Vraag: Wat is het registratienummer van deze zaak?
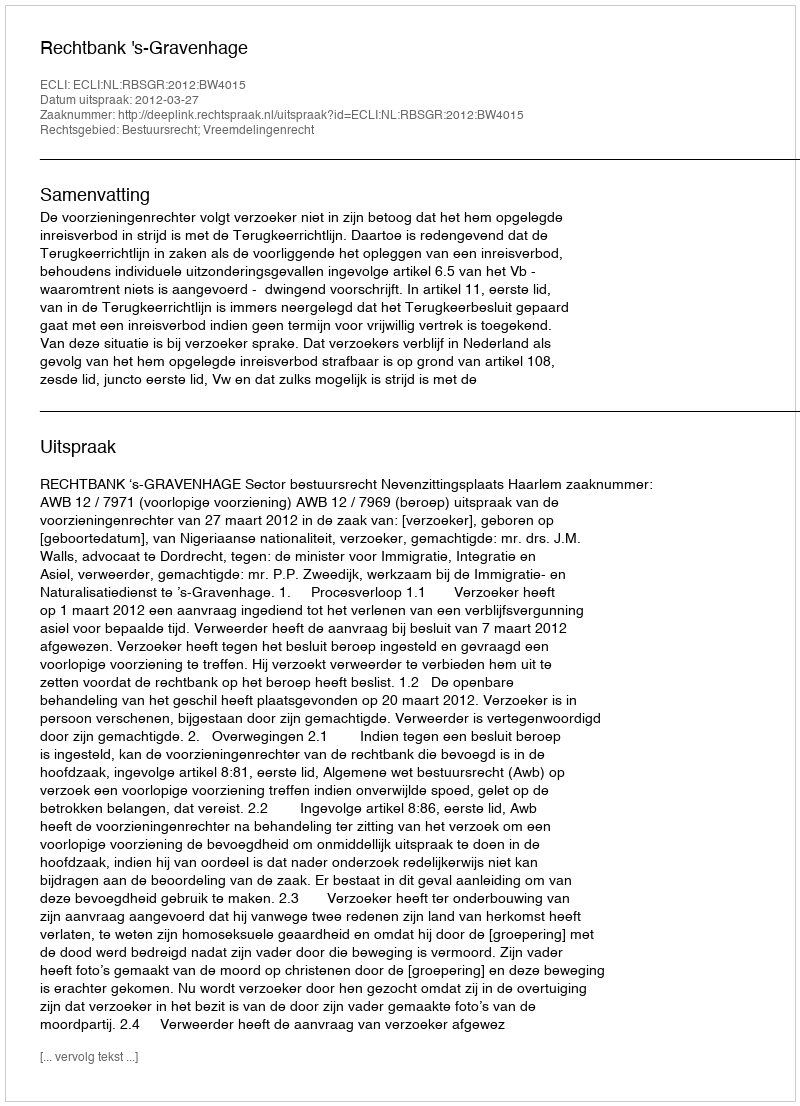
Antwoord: http://deeplink.rechtspraak.nl/uitspraak?id=ECLI:NL:RBSGR:2012:BW4015